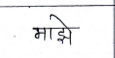
मजकूर: माझे